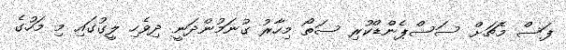
ފަސް މެޗަށް ސަސްޕެންޑްކުރި ސަތޯ މިހާރު ގުނަމުންދަނީ ދިވެހި ލީގުގައި މި މަހުގެ